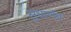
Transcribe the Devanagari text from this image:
सुधार्णव